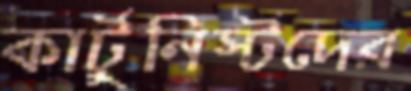
কার্টুনিস্টদের